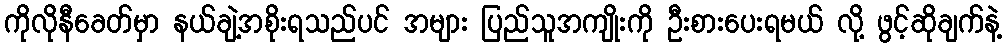
ကိုလိုနီခေတ်မှာ နယ်ချဲ့အစိုးရသည်ပင် အများ ပြည်သူအကျိုးကို ဦးစားပေးရမယ် လို့ ဖွင့်ဆိုချက်နဲ့